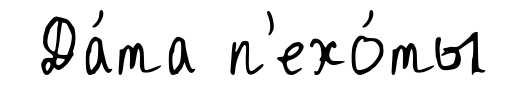
Да́та п'ехо́ты